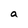
Character: a